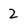
Character: 2